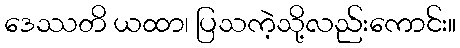
ဒေဿတိ ယထာ၊ ပြသကဲ့သို့လည်းကောင်း။